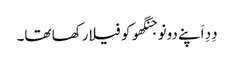
دِدِ اَپنے دونو جنگھو کو فیلا رکھا تھا۔